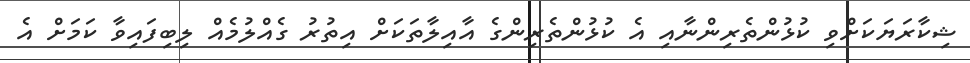
ޝިކާރަޔަކަށްވި ކުޅުންތެރިންނާއި އެ ކުޅުންތެރިންގެ އާއިލާތަކަށް އިތުރު ގެއްލުމެއް ލިބިފައިވާ ކަމަށް އެ